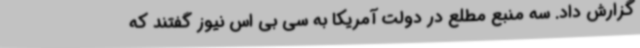
گزارش داد. سه منبع مطلع در دولت آمریکا به سی بی اس نیوز گفتند که